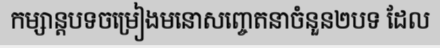
កម្សាន្តបទចម្រៀងមនោសញ្ចេតនាចំនួន២បទ ដែល